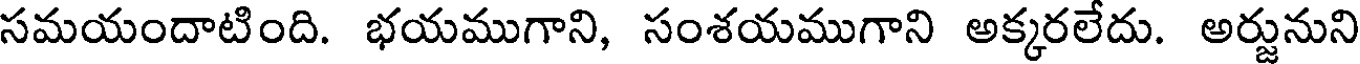
సమయందాటింది. భయముగాని, సంశయముగాని అక్కరలేదు. అర్జునుని